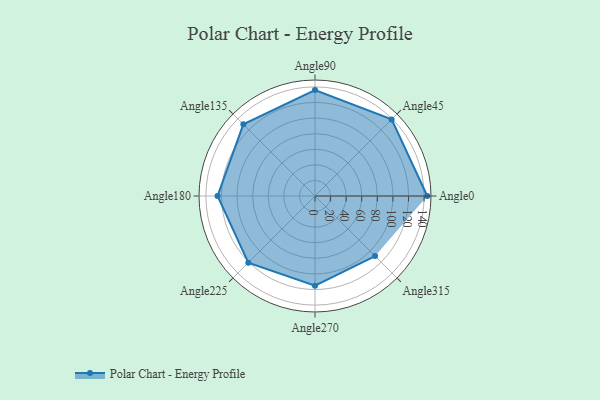
{"axis": {"x": "Angle", "y": "Radius"}, "legend": [""], "data": [{"x": "Angle0", "y": 144.0, "type": ""}, {"x": "Angle45", "y": 139.0, "type": ""}, {"x": "Angle90", "y": 136.0, "type": ""}, {"x": "Angle135", "y": 130.0, "type": ""}, {"x": "Angle180", "y": 125.0, "type": ""}, {"x": "Angle225", "y": 121.0, "type": ""}, {"x": "Angle270", "y": 115.0, "type": ""}, {"x": "Angle315", "y": 109.0, "type": ""}]}